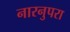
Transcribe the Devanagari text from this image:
नारनुपरा